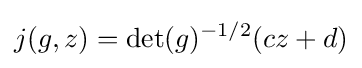
j(g,z)=\det(g)^{-1/2}(cz+d)